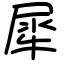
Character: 犀